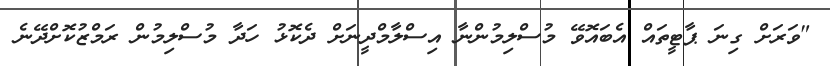
"ވަރަށް ގިނަ ޕާޓީތައް އެބައޮވޭ މުސްލިމުންނާ އިސްލާމްދީނަށް ދެކޮޅު ހަދާ މުސްލިމުން ރަމްޒުކޮށްދޭނެ